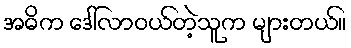
အဓိက ဒေါ်လာဝယ်တဲ့သူက များတယ်။